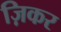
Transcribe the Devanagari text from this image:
ज़िकर